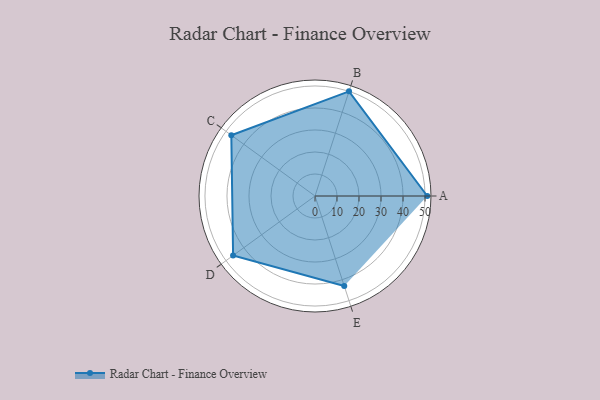
{"axis": {"x": "Skill", "y": "Score"}, "legend": ["Profile"], "data": [{"x": "A", "y": 51.0, "type": "Profile"}, {"x": "B", "y": 50.0, "type": "Profile"}, {"x": "C", "y": 47.0, "type": "Profile"}, {"x": "D", "y": 46.0, "type": "Profile"}, {"x": "E", "y": 43.0, "type": "Profile"}]}